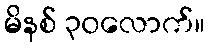
မိနစ် ၃၀လောက်။